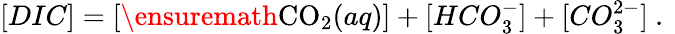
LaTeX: \begin{array}{r}{[DIC]=[\ensuremath{\mathrm{CO_{2}}}(aq)]+[HCO_{3}^{-}]+[CO_{3}^{2-}]\mathrm{~.~}}\end{array}